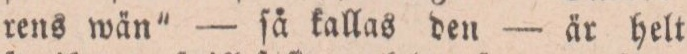
rens wän” — ſå kallas den — är helt